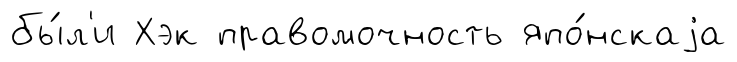
бы́л'и Хэк правомочность япо́нскаjа